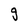
Character: g